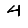
Digit: 4